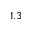
1 . 3